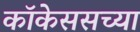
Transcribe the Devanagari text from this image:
कॉकेससच्या